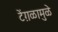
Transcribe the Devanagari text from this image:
टेंग़ळामुळे